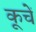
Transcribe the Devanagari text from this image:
कूचें